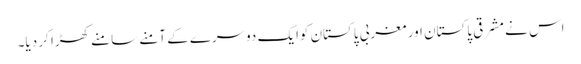
اس نے مشرقی پاکستان اور مغربی پاکستان کوایک دوسرے کے آمنے سامنے کھڑا کر دیا۔